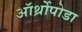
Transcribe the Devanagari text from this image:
ऑर्थ्रोपोडा